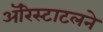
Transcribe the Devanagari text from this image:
ॲरिस्टाटलने